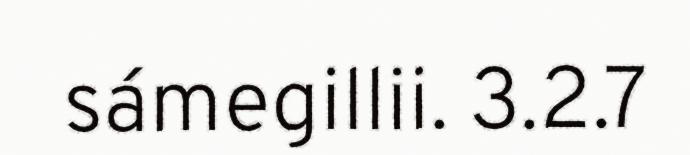
sámegillii. 3.2.7